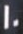
10